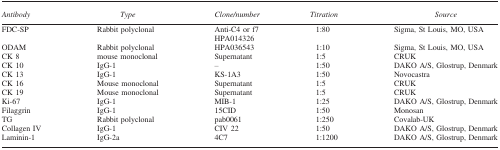
<table><thead><tr><td><b>Antibody</b></td><td><b>Type</b></td><td><b>Clone/number</b></td><td><b>Titration</b></td><td><b>Source</b></td></tr></thead><tbody><tr><td>FDC-SP</td><td>Rabbit polyclonal</td><td>Anti-C4 or f7 HPA014326</td><td>1:80</td><td>Sigma, St Louis, MO, USA</td></tr><tr><td>ODAM</td><td>Rabbit polyclonal</td><td>HPA036543</td><td>1:10</td><td>Sigma, St Louis, MO, USA</td></tr><tr><td>CK 8</td><td>mouse monoclonal</td><td>Supernatant</td><td>1:5</td><td>CRUK</td></tr><tr><td>CK 10</td><td>IgG-1</td><td>–</td><td>1:50</td><td>DAKO A/S, Glostrup, Denmark</td></tr><tr><td>CK 13</td><td>IgG-1</td><td>KS-1A3</td><td>1:50</td><td>Novocastra</td></tr><tr><td>CK 16</td><td>Mouse monoclonal</td><td>Supernatant</td><td>1:5</td><td>CRUK</td></tr><tr><td>CK 19</td><td>Mouse monoclonal</td><td>Supernatant</td><td>1:5</td><td>CRUK</td></tr><tr><td>Ki-67</td><td>IgG-1</td><td>MIB-1</td><td>1:25</td><td>DAKO A/S, Glostrup, Denmark</td></tr><tr><td>Filaggrin</td><td>IgG-1</td><td>15CID</td><td>1:50</td><td>Monosan</td></tr><tr><td>TG</td><td>Rabbit polyclonal</td><td>pab0061</td><td>1:250</td><td>Covalab-UK</td></tr><tr><td>Collagen IV</td><td>IgG-1</td><td>CIV 22</td><td>1:50</td><td>DAKO A/S, Glostrup, Denmark</td></tr><tr><td>Laminin-1</td><td>IgG-2a</td><td>4C7</td><td>1:1200</td><td>DAKO A/S, Glostrup, Denmark</td></tr></tbody></table>